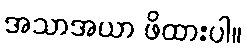
အသာအယာ ဖိထားပါ။